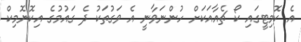
އެ ކޮމިޓީގައި ކޯ ޗެއާއަކަށް ހުންނަވާނީ އެ ވަގުތަކު ދެ ގައުމުގެ އިކޮނޮމިކް